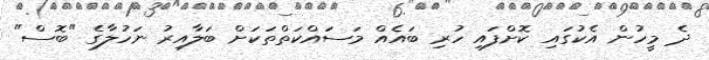
ދެ މީހުން އެކުގައި ކޮށްފައި ހުރި ބައެއް މަސައްކަތްތަކަށް ބަލާއިރު ނަހުލާގެ "ބޮސް"